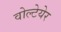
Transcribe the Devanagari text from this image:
वोल्टेयेर